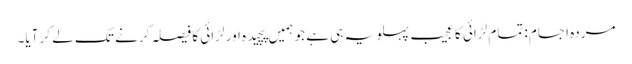
مردہ اجسام: تمام لڑائی کا عجیب پہلو یہ ہی ہے جو ہمیں پچیدہ اور لڑائی کا فیصلہ کرنے تک لے کر آیا۔